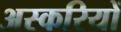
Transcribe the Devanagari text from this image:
अस्करियों